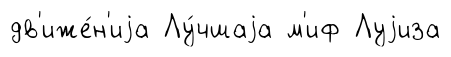
дв'иже́н'иjа Лу́чшаjа м'иф Луjиза